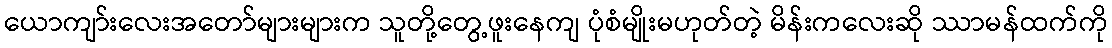
ယောကျာ်းလေးအတော်များများက သူတို့တွေ့ဖူးနေကျ ပုံစံမျိုးမဟုတ်တဲ့ မိန်းကလေးဆို ဿာမန်ထက်ကို